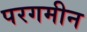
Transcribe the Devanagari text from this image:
परगमीन